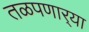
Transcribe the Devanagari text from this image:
तळपणार्‍या